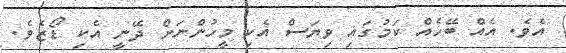
އެވެ. އެއް ބޭހެއް ކަމުގައި ވިޔަސް އެކި މީހުންނަށް ދޭނީ އެކި ޑޯޒެވެ.